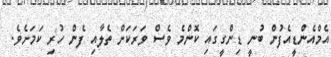
އެމްއެންޑީއެފުން ބުނީ ޑިންގީގައި ކޮންމެ ވެސް ވަރަކަށް ތެލާއި ފެން ހުރި ކަމަށެވެ.